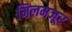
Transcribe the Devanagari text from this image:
मिलमजूर